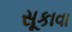
સૂકાવા